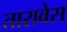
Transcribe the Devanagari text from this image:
तारावेस